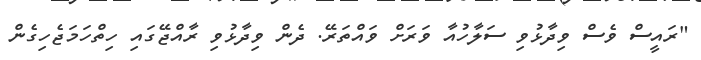
"ރައީސް ވެސް ވިދާޅުވި ސަލާހުއާ ވަރަށް ވައްތަރޭ. ދެން ވިދާޅުވި ރާއްޖޭގައި ހިތްހަމަޖެހިގެން